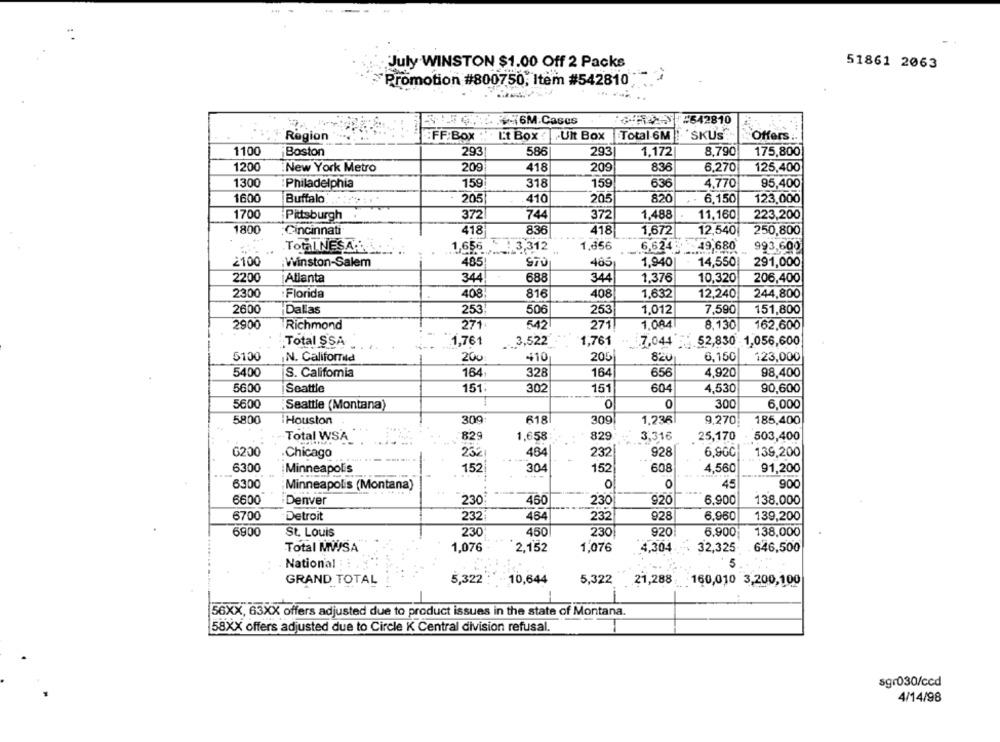
July WINSTON $1.00 Off 2 Packs
51861 2063
Promotion #800750, Item #542810
4.6M.Cases
SF-642810
Region
:FF:Box :: Lt Box :
Uit Box
Total 6M SKUS
Offers
1100
Boston
293
586
293
1,172
8.790
175,800
1200
:New York Metro
209
418
209
836
6.270
125,400
1300
:Philadelphia
159
318
159
636
4,770
95,400
1600
Buffalo
205
410
205
820
6.150
123,000
1700
Pittsburgh
372
744
372
1,488
11,160
223,200
1800
418
836
418
1,672
12,540
250,800
Cincinnati
Total NEŞAR
1,656
3,312
1,656
6,624
49,680
993,600
2100
Winston-Salem
485
STO
485
1,940
14,550
291,000
2200
Atlanta
344
688
344
1,376
10,320
206,400
2300
Florida
408
816
408
1,632
12,240
244,800
2600
Dallas
253
506
253
1,012
7,590
151,800
2900
Richmond
271
542
271
1,084
8,130
162,600
Total SSA
1,761
1,761
7,044 52,830 1,056,600
3,522
5100
200
205
6,150
123,000
IN. Califorld
410
820
5400
164
328
656
4.920
98,400
S. Califomia
164
5600
Seattle
151
302
151
604
4.530
90,600
5600
Seattle (Montana)
0
0
300
6,000
5800
Houston
309
618
309
1,238
9,270
185,400
Total WSA
829
1,658
829
3.316
25,170
503,400
G200
928
6,900
139,200
Chicago
23
484
232
6300
Minneapolis
608
91,200
152
304
152
4,560
6300
: Minneapolis (Montana)
0
O
45
900
6600
Denver
230
460
230
920
6,900
138,000
6700
Detroit
232
464
232
928
6.960
139,200
6900
St. Louis
230
450
230
920
6.900
138,000
Total MWSA
1,076
2,152
1,076
4,304
32,325
646,500
National : :
5
GRAND TOTAL
5,322
10,644
5,322 21,288
: 160,010 3,200,100
56XX, 63XX offers adjusted due to product issues in the state of Montana.
58XX offers adjusted due to Circle K Central division refusal.
sgr030/ccd
4/14/98